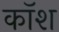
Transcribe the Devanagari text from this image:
कॉश